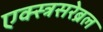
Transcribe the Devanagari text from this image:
एक्स्त्रसरेब्रल